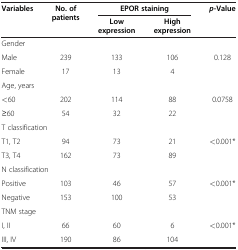
<table><thead><tr><td rowspan="2"><b>Variables</b></td><td rowspan="2"><b>No. of patients</b></td><td colspan="2"><b>EPOR staining</b></td><td rowspan="2"><b><i>p</i>-Value</b></td></tr><tr><td><b>Low expression</b></td><td><b>High expression</b></td></tr></thead><tbody><tr><td colspan="4">Gender</td><td> </td></tr><tr><td>Male</td><td>239</td><td>133</td><td>106</td><td>0.128</td></tr><tr><td>Female</td><td>17</td><td>13</td><td>4</td><td> </td></tr><tr><td colspan="4">Age, years</td><td> </td></tr><tr><td>&lt;60</td><td>202</td><td>114</td><td>88</td><td>0.0758</td></tr><tr><td>≥60</td><td>54</td><td>32</td><td>22</td><td> </td></tr><tr><td colspan="4">T classification</td><td> </td></tr><tr><td>T1, T2</td><td>94</td><td>73</td><td>21</td><td>&lt;0.001*</td></tr><tr><td>T3, T4</td><td>162</td><td>73</td><td>89</td><td> </td></tr><tr><td colspan="4">N classification</td><td> </td></tr><tr><td>Positive</td><td>103</td><td>46</td><td>57</td><td>&lt;0.001*</td></tr><tr><td>Negative</td><td>153</td><td>100</td><td>53</td><td> </td></tr><tr><td colspan="4">TNM stage</td><td> </td></tr><tr><td>I, II</td><td>66</td><td>60</td><td>6</td><td>&lt;0.001*</td></tr><tr><td>III, IV</td><td>190</td><td>86</td><td>104</td><td> </td></tr></tbody></table>